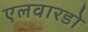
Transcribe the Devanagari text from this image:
एलवारडो